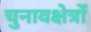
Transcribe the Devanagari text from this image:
चुनावक्षेत्रों